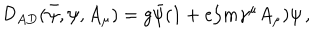
\mathcal { D } _ { A D } ( \bar { \psi } , \psi , A _ { \mu } ) = g \bar { \psi } ( 1 + e / m \gamma ^ { \mu } A _ { \mu } ) \psi \, ,